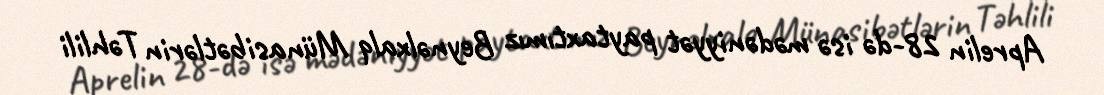
Aprelin 28-də isə mədəniyyət paytaxtımız Beynəlxalq Münasibətlərin Təhlili